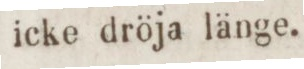
icke dröja länge.